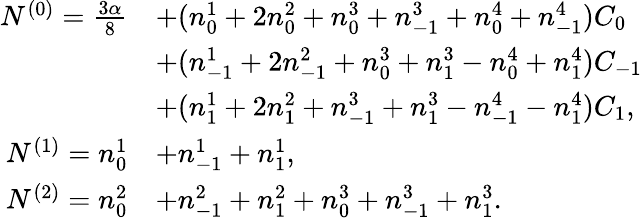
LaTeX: \begin{array}{rl}{N^{(0)}=\frac{3\alpha}{8}}&{+(n_{0}^{1}+2n_{0}^{2}+n_{0}^{3}+n_{-1}^{3}+n_{0}^{4}+n_{-1}^{4})C_{0}}\\ &{+(n_{-1}^{1}+2n_{-1}^{2}+n_{0}^{3}+n_{1}^{3}-n_{0}^{4}+n_{1}^{4})C_{-1}}\\ &{+(n_{1}^{1}+2n_{1}^{2}+n_{-1}^{3}+n_{1}^{3}-n_{-1}^{4}-n_{1}^{4})C_{1},}\\ {N^{(1)}=n_{0}^{1}}&{+n_{-1}^{1}+n_{1}^{1},}\\ {N^{(2)}=n_{0}^{2}}&{+n_{-1}^{2}+n_{1}^{2}+n_{0}^{3}+n_{-1}^{3}+n_{1}^{3}.}\end{array}